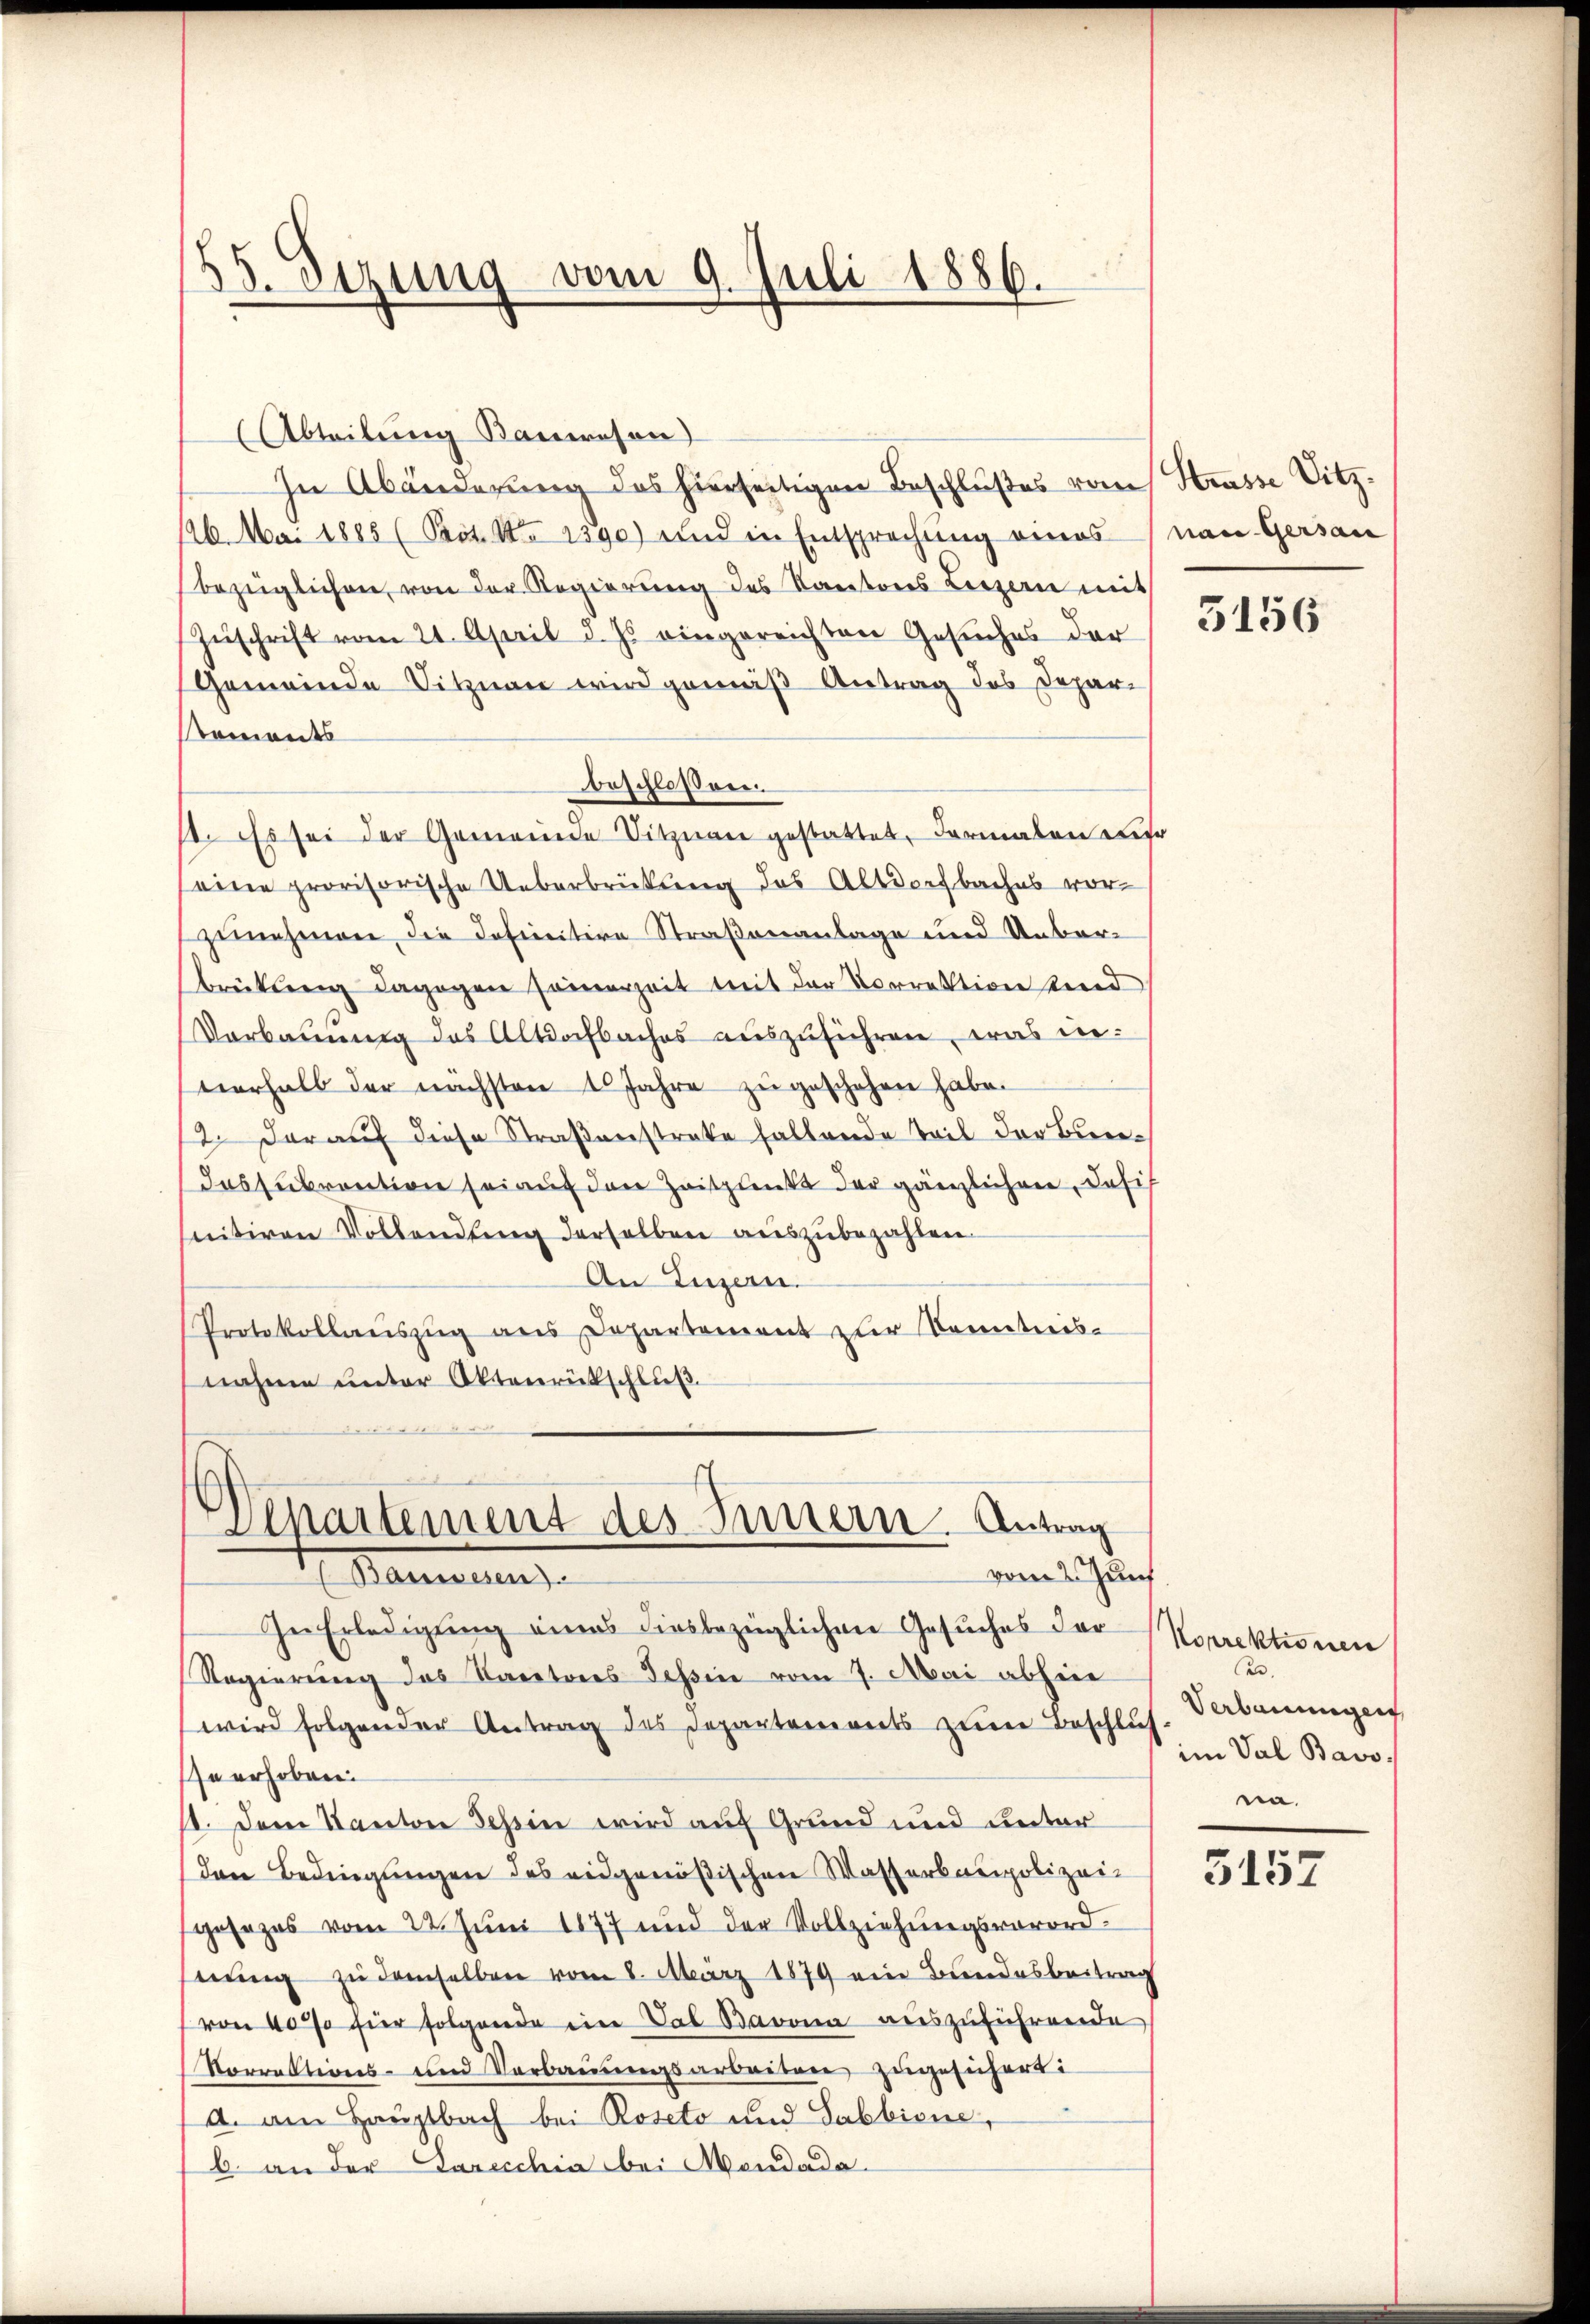
55. Dezung vom 9. Juli 1886.

Abteilung Kanwesen
In Abänderung des hierseitigen Beschlußes vom Strasse Sitz¬
126. Mai 1885 (Prot. No 1390) und in Entsprechung eines (nau. Gersan
bezüglichen, von der Regierung des Kantons Luzern mit
Zŭschrift vom 21. April d. Js. eingereichten Gesuches der
Gemeinde Sitznau wird gemäß Antrag des Depar¬
Roments
beschlossen.
st. Es sei der Gemeinde Sitzuare gestattet, darmalen Lehr
eine provisorische Ueberbrückung des Altdorfbaches vorzunehmen die definitive Straßenanlage und Unberbrückling dagegen seinerzeit mit der Vorrektion sind
Vorkauung des Altochbaches auszuführen, was in
verhalb der nächsten 10 Jahre zŭ geschehen habe.
12. darauf diese Straßenstrate haltende Teil der Be¬
Iussubvention sei auf den Zeitpunkt der gänzlichen, dasi
snitiven Vollendung derselben auszubezahlen.
An Luzern.
Protokollauszug aus Departement zur Kenntnis-
nahme unter Aktenrückschluß.
de

Departement des Innern. Antrag
vom 2. Zunf
t. Marieren

In Erledigung eines diesbezüglichen Gesuches der
Regierung des Karatores Tessin vom 7. Mai abhin
wird folgender Antrag des Departements zum Beschlus
e erhoben:
11. Dem Kanton Tessin wird auf Grund und unter
den Bedingungen des eidgenößischen Wasserbaupolizeigesezes vom 22. Juni 1877 und der Vollziehungsverord-
nung zu demselben vom 8. März 1879 ein Bundesbeitrag
von 4000 für folgende ein Val Barona auszuführende
Norrektions- und Verbauungsarbeiten zugesichert:
A. am Hauptbach bei Roseto und Sabbione,
b. an der Garecchia bei Mondado¬

5156

Korrektionen
en
Verbauungen
im Val Bavo,
na.

5157